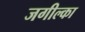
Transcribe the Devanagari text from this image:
जगील्का